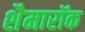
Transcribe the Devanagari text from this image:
शैमारॉक